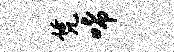
凭唏